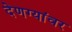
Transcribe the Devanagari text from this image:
देणग्यांवर